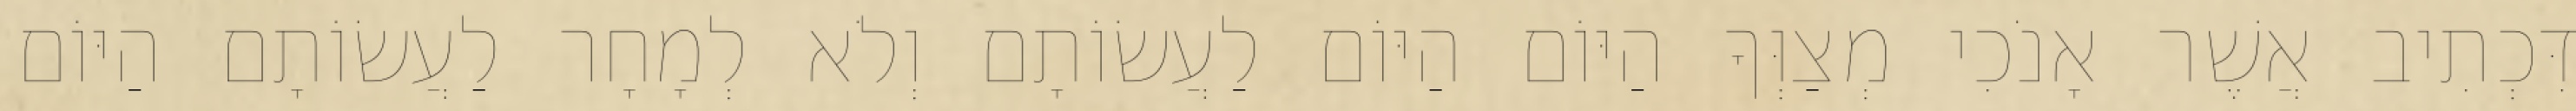
דִּכְתִיב אֲשֶׁר אָנֹכִי מְצַוְּךָ הַיּוֹם הַיּוֹם לַעֲשׂוֹתָם וְלֹא לְמָחָר לַעֲשׂוֹתָם הַיּוֹם